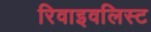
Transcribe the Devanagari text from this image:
रिवाइवलिस्ट